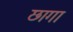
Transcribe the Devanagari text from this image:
छागा